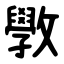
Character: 斆